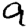
Digit: 9